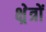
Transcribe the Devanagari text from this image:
क्ष्रेत्रों